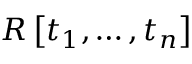
R \left[ t _ { 1 } , \ldots , t _ { n } \right]